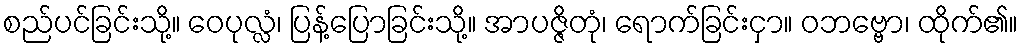
စည်ပင်ခြင်းသို့။ ဝေပုလ္လံ၊ ပြန့်ပြောခြင်းသို့။ အာပဇ္ဇိတုံ၊ ရောက်ခြင်းငှာ။ ဝဘဗ္ဗော၊ ထိုက်၏။